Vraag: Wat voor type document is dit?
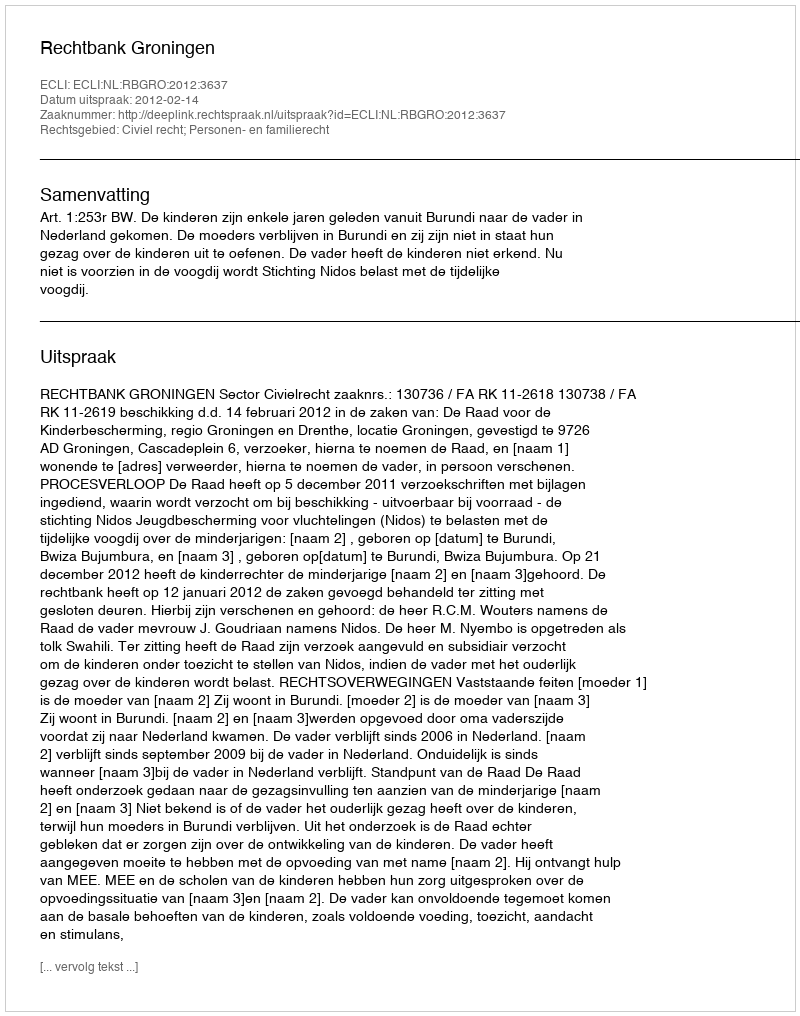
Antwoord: Uitspraak